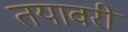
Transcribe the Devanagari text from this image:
तयावरी